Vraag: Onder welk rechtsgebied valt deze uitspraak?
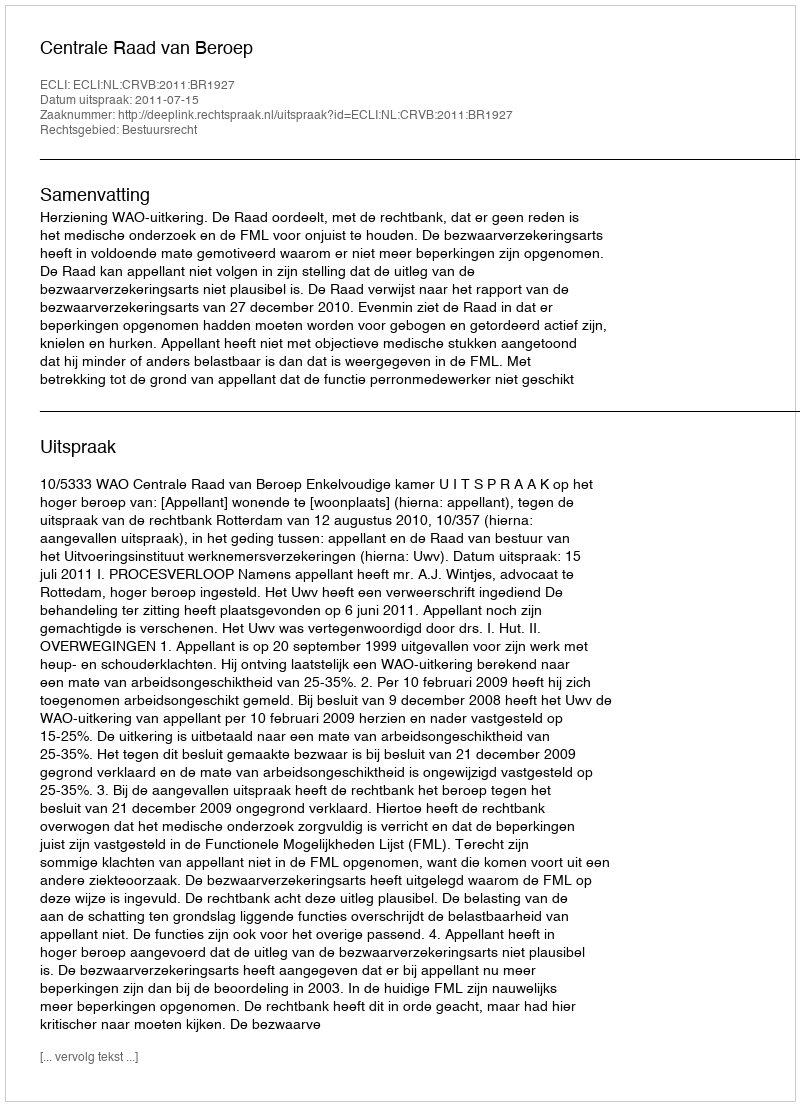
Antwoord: Bestuursrecht